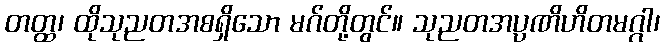
တတ္ထ၊ ထိုသုညတအစရှိသော မဂ်တို့တွင်။ သုညတအပ္ပဏိဟိတမဂ္ဂါ၊